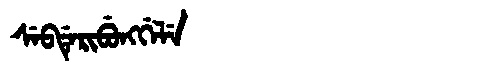
Manchu: ᠰᡝᠪᡩᡝᡵᡳᠪᡠᠩᡤᡝᠯᡝ
Romanization: SEBDERIBUNGGELE